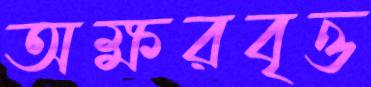
অক্ষরবৃত্ত